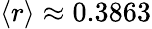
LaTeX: \left<r\right>\approx 0.3863